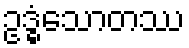
ဥဒ္ဓံသောတဿ